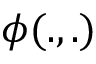
\phi ( . , . )